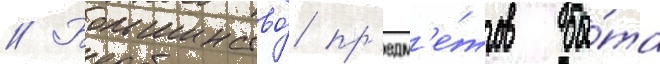
// Большинство́ пр'едм'е́тов бы́та